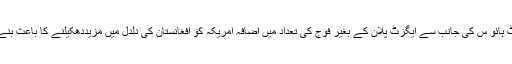
وائٹ ہائو س کی جانب سے ایگزٹ پلان کے بغیر فوج کی تعداد میں اضافہ امریکہ کو افغانستان کی دلدل میں مزیددھکیلنے کا باعث بنے گا۔